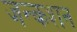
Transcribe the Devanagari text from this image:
जन्कशन